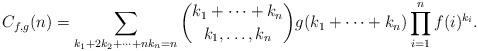
LaTeX: \begin{align*}C_{f,g}(n)=\sum_{k_1+2k_2+\cdots+nk_n=n}\binom{k_1+\cdots+k_n}{k_1,\ldots,k_n}g(k_1+\cdots+ k_n)\prod_{i=1}^n f(i)^{k_i}.\end{align*}